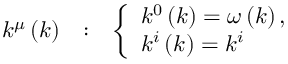
\begin{array} { c c c } { { k ^ { \mu } \left( k \right) } } & { { : } } & { { \left\{ \begin{array} { l } { { k ^ { 0 } \left( k \right) = \omega \left( k \right) , } } \\ { { k ^ { i } \left( k \right) = k ^ { i } } } \end{array} \right. } } \end{array}